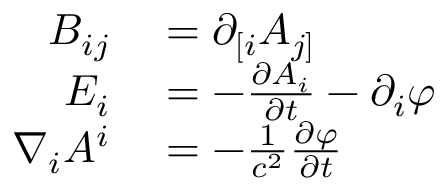
\begin{array} { r l } { B _ { i j } } & { { } = \partial _ { [ i } A _ { j ] } } \\ { E _ { i } } & { { } = - { \frac { \partial A _ { i } } { \partial t } } - \partial _ { i } \varphi } \\ { \nabla _ { i } A ^ { i } } & { { } = - { \frac { 1 } { c ^ { 2 } } } { \frac { \partial \varphi } { \partial t } } } \end{array}